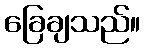
ခြေချသည်။